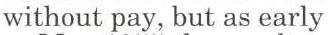
without pay, but as early